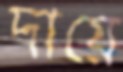
দায়ে